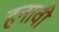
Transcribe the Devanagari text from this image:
हनावी